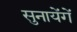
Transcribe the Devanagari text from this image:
सुनायेंगें